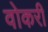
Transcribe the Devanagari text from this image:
वोकरी